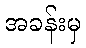
အခန်းမှ